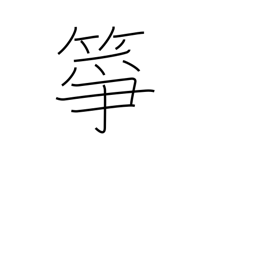
Meaning: a koto